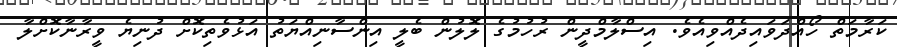
ކަރާމަތް ހޯއްދަވައިދެއްވިއެވެ. އިސްލާމްދީން ރުހުމުގެ ލޮލުން ބެލީ އިންސާނިއްޔަތު އަޅުވެތިކޮށް ދުނިޔެ ވީރާނާކޮށްލާ